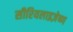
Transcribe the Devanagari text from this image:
सीरियलाइज़ेष्ण